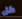
كل